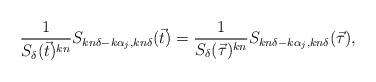
LaTeX: \begin{align*}\frac{1}{S_{\delta}(\vec{t})^{kn}}S_{kn\delta-k\alpha_{j},kn\delta}(\vec{t})=\frac{1}{S_{\delta}(\vec{\tau})^{kn}}S_{kn\delta-k\alpha_{j},kn\delta}(\vec{\tau}),\end{align*}